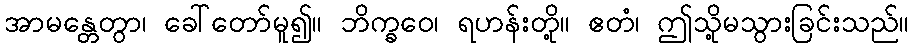
အာမန္တေတွာ၊ ခေါ်တော်မူ၍။ ဘိက္ခဝေ၊ ရဟန်းတို့။ ဧတံ၊ ဤသို့မသွားခြင်းသည်။